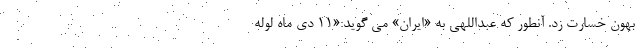
بهون خسارت زد. آنطور که عبداللهی به «ایران» می گوید:«۱۱ دی ماه لوله